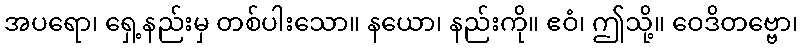
အပရော၊ ရှေ့နည်းမှ တစ်ပါးသော။ နယော၊ နည်းကို။ ဧဝံ၊ ဤသို့။ ဝေဒိတဗ္ဗော၊